Indian journal of veterinary science and animal husbandry - Volume 8,
Year: 1938
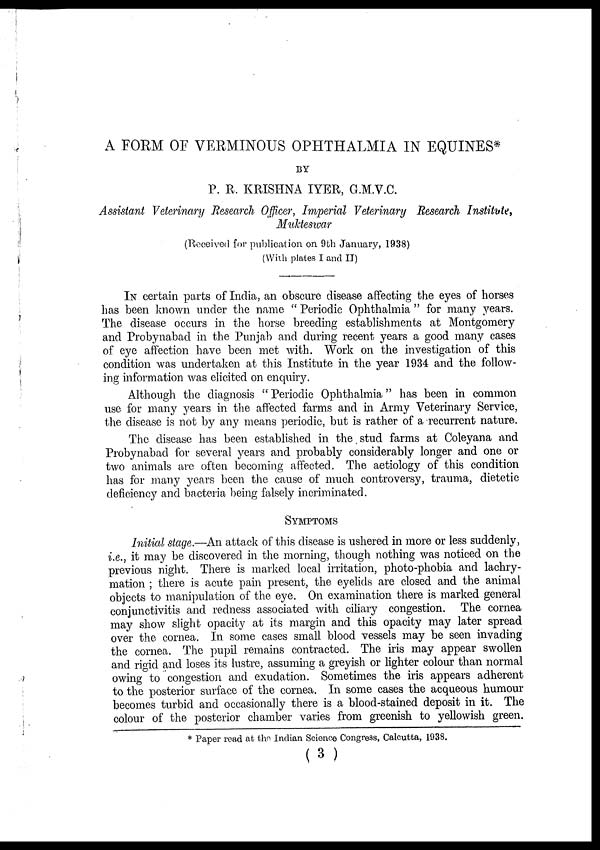
A FORM OF VERMINOUS OPHTHALMIA IN EQUINES*
BY
P. R. KRISHNA IYER, G.M.V.C.
Assistant Veterinary Research Officer, Imperial Veterinary Research Institute,
Mukteswar
(Received for publication on 9th January, 1938)
(With plates I and II)
IN certain parts of India, an obscure disease affecting the eyes of horses
has been known under the name " Periodic Ophthalmia " for many years.
The disease occurs in the horse breeding establishments at Montgomery
and Probynabad in the Punjab and during recent years a good many cases
of eye affection have been met with. Work on the investigation of this
condition was undertaken at this Institute in the year 1934 and the follow-
ing information was elicited on enquiry.
Although the diagnosis " Periodic Ophthalmia" has been in common
use for many years in the affected farms and in Army Veterinary Service,
the disease is not by any means periodic, but is rather of a recurrent nature.
The disease has been established in the stud farms at Coleyana and
Probynabad for several years and probably considerably longer and one or
two animals are often becoming affected. The aetiology of this condition
has for many years been the cause of much controversy, trauma, dietetic
deficiency and bacteria being falsely incriminated.
SYMPTOMS
Initial stage.—An attack of this disease is ushered in more or less suddenly,
i.e., it may be discovered in the morning, though nothing was noticed on the
previous night. There is marked local irritation, photo-phobia and lachry-
mation ; there is acute pain present, the eyelids are closed and the animal
objects to manipulation of the eye. On examination there is marked general
conjunctivitis and redness associated with ciliary congestion. The cornea
may show slight opacity at its margin and this opacity may later spread
over the cornea. In some cases small blood vessels may be seen invading
the cornea. The pupil remains contracted. The iris may appear swollen
and rigid and loses its lustre, assuming a greyish or lighter colour than normal
owing to congestion and exudation. Sometimes the iris appears adherent
to the posterior surface of the cornea. In some cases the acqueous humour
becomes turbid and occasionally there is a blood-stained deposit in it. The
colour of the posterior chamber varies from greenish to yellowish green.
* Paper read at the Indian Science Congress, Calcutta, 1938.
( 3 )